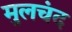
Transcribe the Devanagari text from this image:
मुलचंद